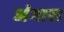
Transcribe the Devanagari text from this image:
जंगारा